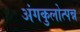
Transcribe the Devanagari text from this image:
अंगकुलोत्पन्न